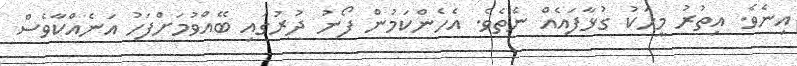
އިނެވެ. އިތުރު މީހަކު ގުޅާފައެއް ނެތެވެ. އެހެންކަމުން ފޯނު ދުރުގައި ބޭއްވުމަށްފަހު އަނެއްކާވެސް